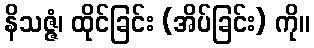
နိသဇ္ဇံ၊ ထိုင်ခြင်း (အိပ်ခြင်း) ကို။